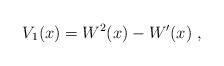
LaTeX: \begin{align*}V_1(x)=W^2(x)-W'(x)\;,\end{align*}